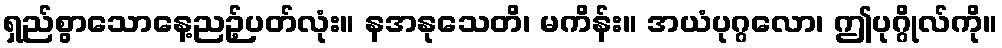
ရှည်စွာသောနေ့ညဉ့်ပတ်လုံး။ နအနုသေတိ၊ မကိန်း။ အယံပုဂ္ဂလော၊ ဤပုဂ္ဂိုလ်ကို။